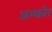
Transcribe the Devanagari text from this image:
अम्कोर